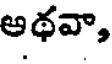
ఆథవా,